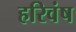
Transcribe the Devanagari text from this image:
हरिवंष